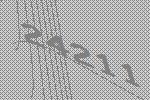
24211